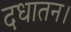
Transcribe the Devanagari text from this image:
दधातन।